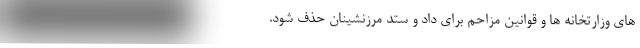
های وزارتخانه ها و قوانین مزاحم برای داد و ستد مرزنشینان حذف شود.